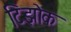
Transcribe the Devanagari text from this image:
टिझोक